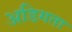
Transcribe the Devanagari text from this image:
अडिगता